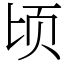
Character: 顷